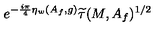
e ^ { - \frac { i \pi } { 4 } \eta _ { w } ( A _ { f } , g ) } \widetilde { \tau } ( M , A _ { f } ) ^ { 1 / 2 }